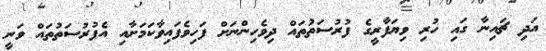
އަދި ޗައިނާ ގައި ހުރި ވިޔަފާރީގެ ފުރުސަތުތައް ދިވެހިންނަށް ފަހިވެފައިވާކަމަށާއި އެފުރުސަތުތައް ވަނީ